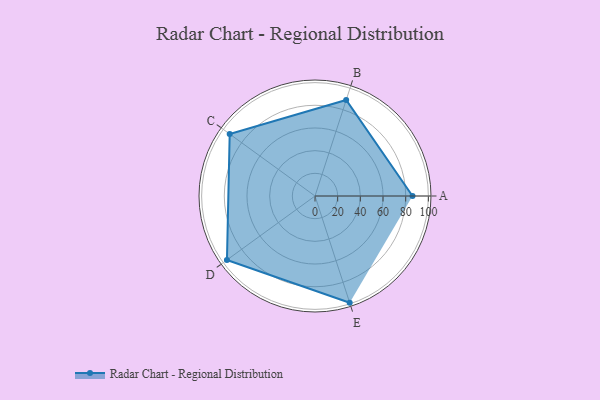
{"axis": {"x": "Skill", "y": "Score"}, "legend": ["Profile"], "data": [{"x": "A", "y": 86.0, "type": "Profile"}, {"x": "B", "y": 89.0, "type": "Profile"}, {"x": "C", "y": 93.0, "type": "Profile"}, {"x": "D", "y": 96.0, "type": "Profile"}, {"x": "E", "y": 99, "type": "Profile"}]}